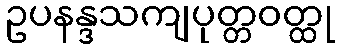
ဥပနန္ဒသကျပုတ္တဝတ္ထု